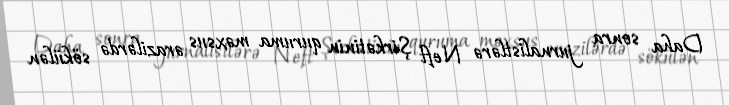
Daha sonra jurnalistlərə Neft Şirkətinin quruma məxsus ərazilərdə sökülən